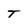
Character: T